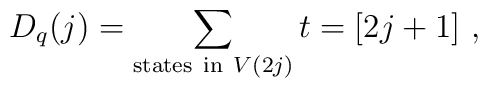
D_q(j)=\sum_{{\rm states~ in~}V(2j)}t=[2j+1]~,